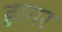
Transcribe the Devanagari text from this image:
हागर